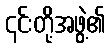
၎င်းတို့အဖွဲ့၏